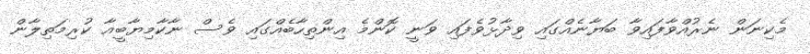
މެކިނަން ނެރުއްވާފައިވާ ބަޔާނެއްގައި ވިދާޅުވެފައި ވަނީ ކޮންމެ އިންތިހާބެއްގައި ވެސް ނާކާމިޔާބީއާ ކުރިމަތިލާން